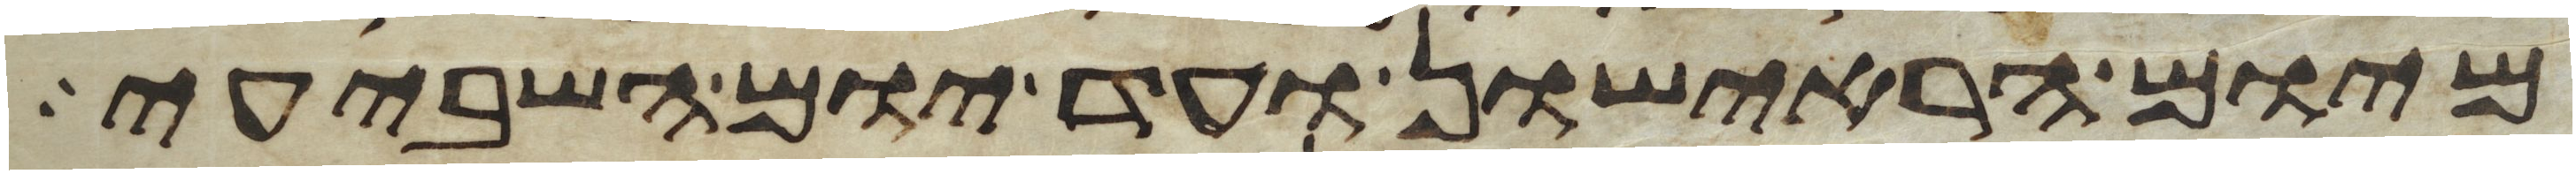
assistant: מיום הראישון ועד יום השביעי